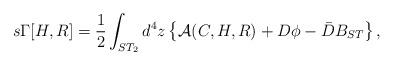
LaTeX: \begin{align*}s\Gamma[H,R]=\frac{1}{2}\int_{ST_{2}} d^{4}z\left\{{\cal A}(C,H,R)+D\phi-\bar{D}B_{ST}\right\},\end{align*}